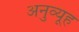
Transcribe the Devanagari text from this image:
अनुव्यूह